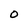
Character: O